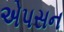
એપસન